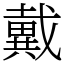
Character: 戴